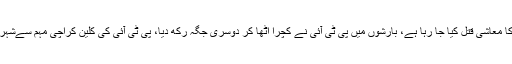
ہمارے صوبے اور عوام کا معاشی قتل کیا جا رہا ہے، بارشوں میں پی ٹی آئی نے کچرا اٹھا کر دوسری جگہ رکھ دیا، پی ٹی آئی کی کلین کراچی مہم سےشہریوں کومشکلات پیش آئیں۔